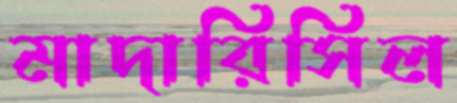
মাদারিসিল